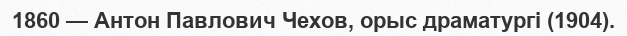
1860 — Антон Павлович Чехов, орыс драматургі (1904).